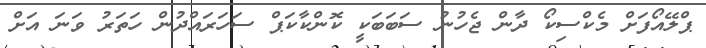
ޕްލޭއޯފަށް މެކްސިކޯ ދާން ޖެހުނު ސަބަބަކީ ކޮންކާކަޕް ސަހަރައްދުން ހަތަރު ވަނަ އަށް